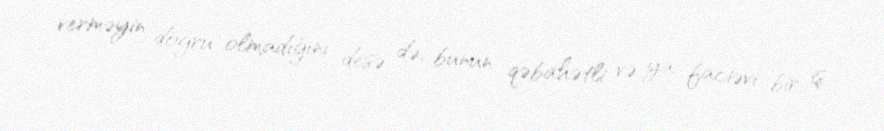
verməyin doğru olmadığını desə də, bunun qəbahətli və ya faciəvi bir iş